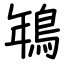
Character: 鵇